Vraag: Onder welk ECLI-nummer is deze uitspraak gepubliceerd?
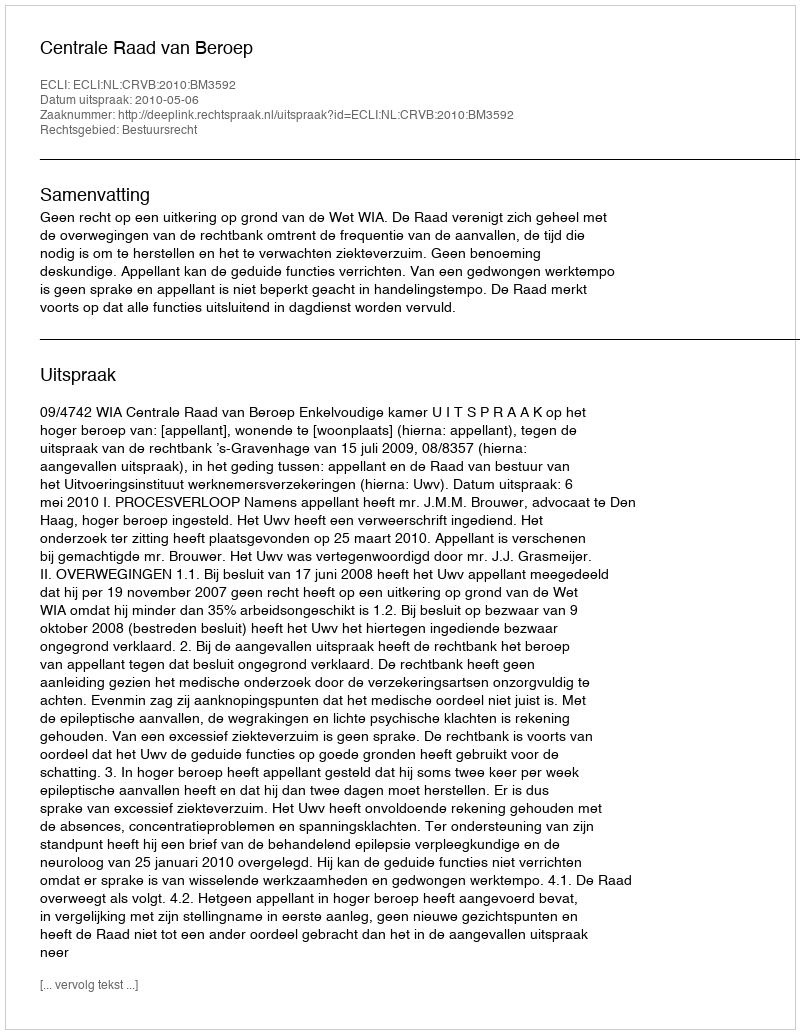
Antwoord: ECLI:NL:CRVB:2010:BM3592